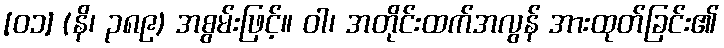
[၀၁] (နိ၊ ၃၈၉) အစွမ်းဖြင့်။ ဝါ၊ အတိုင်းထက်အလွန် အားထုတ်ခြင်း၏